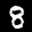
Digit: 8